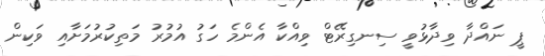
ޕީ ނައްދާ ވިދާޅުވީ ސިނގިރޭޓް ވިއްކާ އެންމެ ހަގު އުމުރު މަތިކުރުމަށާއި ވަކިން